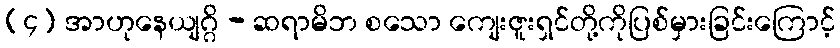
(၄) အာဟုနေယျဂ္ဂိ - ဆရာမိဘ စသော ကျေးဇူးရှင်တို့ကိုပြစ်မှားခြင်းကြောင့်